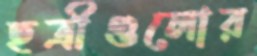
ছত্রীগুলোর